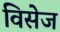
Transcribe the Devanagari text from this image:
विसेज